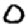
Digit: 0